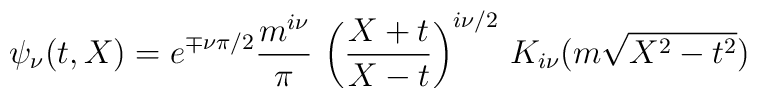
\psi_\nu(t,X) =e^{ \mp \nu \pi / 2}\frac{m^{i\nu}}{\pi} \,\left( \frac{X + t}{X - t} \right)^{i\nu/2} \,K_{i\nu} (m \sqrt{X^2 - t^2})